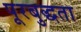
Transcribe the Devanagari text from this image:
पूरबुद्धता